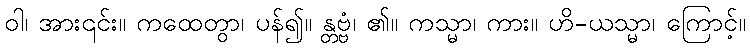
ဝါ၊ အား၎င်း။ ကထေတွာ၊ ပန်၍။ န္တဗ္ဗံ၊ ၏။ ကသ္မာ၊ ကား။ ဟိ-ယသ္မာ၊ ကြောင့်။